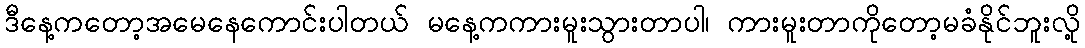
ဒီနေ့ကတော့အမေနေကောင်းပါတယ် မနေ့ကကားမူးသွားတာပါ၊ ကားမူးတာကိုတော့မခံနိုင်ဘူးလို့